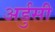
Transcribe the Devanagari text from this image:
अर्डुसी